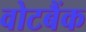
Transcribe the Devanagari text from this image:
वोटबैंक